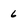
Character: 6